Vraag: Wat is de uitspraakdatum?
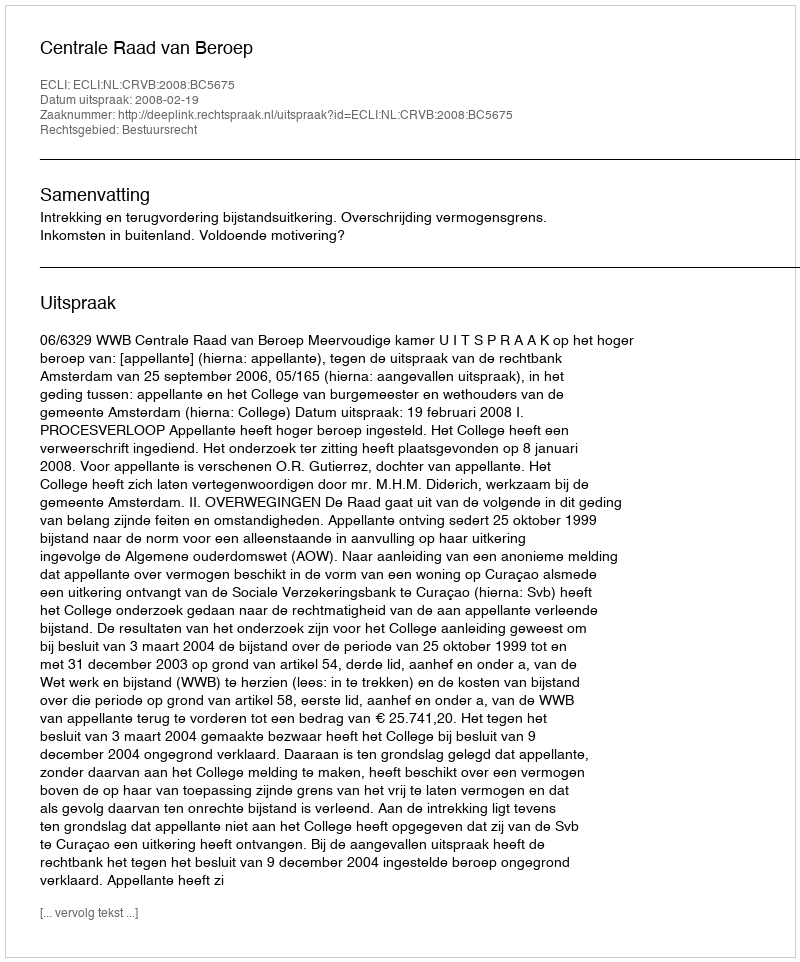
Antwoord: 2008-02-19